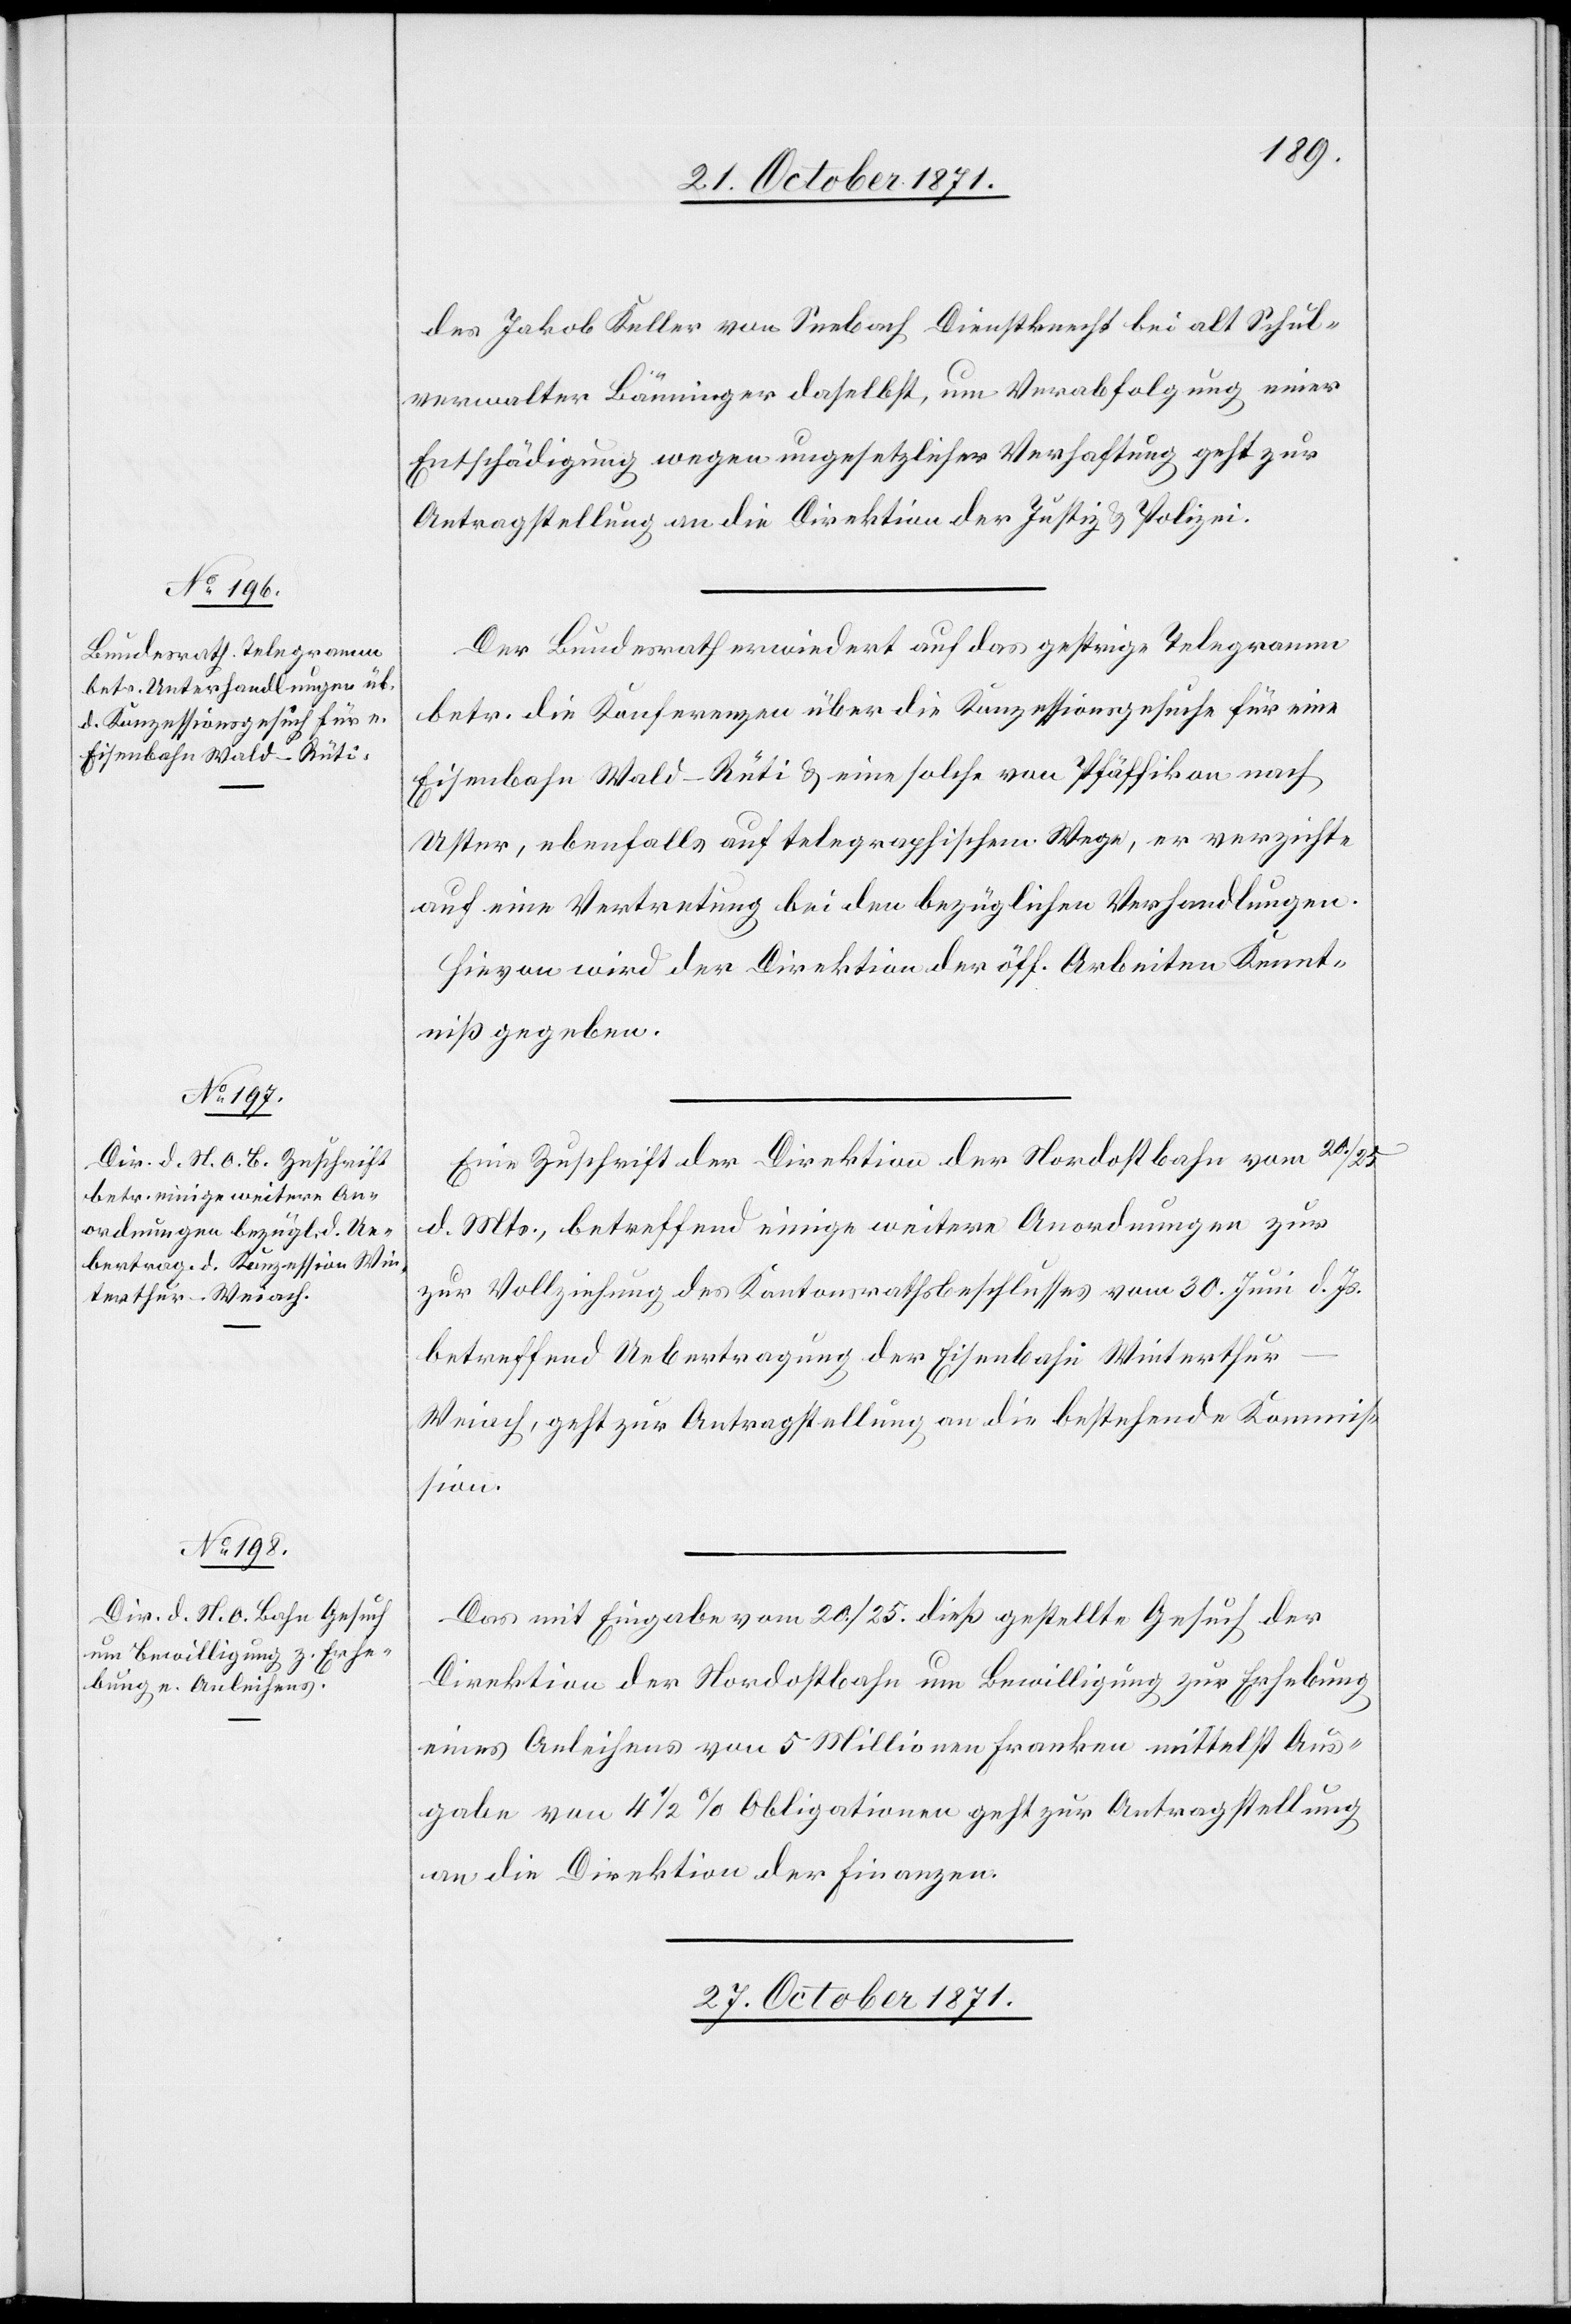
des Jakob Keller von Seebach Dienstknecht bei alt Schul¬
verwalter Bauminger daselbst, um Verabfolgung einer
Entschädigung wegen ungesetzlicher Verhaftung geht zur
Antragstellung an die Direktion der Justiz & Polizei.
Der Bundesrath erwiedert auf das gestrige Telegramm
betr. die Konferenzen über die Konzessionsgesuche für eine
Eisenbahn Wald–Rüti & eine solche von Pfäffikon nach
Uster, ebenfalls auf telegraphischem Wege, er verzichte
auf eine Vertretung bei den bezüglichen Verhandlungen.
Hievon wird der Direktion der öff. Arbeiten Kennt¬
niß gegeben.
Eine Zuschrift der Direktion der Nordostbahn vom 20./25.
d. Mts., betreffend einige weitere Anordnungen zur
Vollziehung des Kantonsrathsbeschlusses vom 30. Juni d. Js.
betreffend Uebertragung der Eisenbahn Winterthur–W¬
eiach, geht zur Antragstellung an die betreffende Kommis¬
sion.
Das mit Eingabe vom 20./25. dieß gestellte Gesuch der
Direktion der Nordostbahn um Bewilligung zur Erhebung
eines Anleihens von 5 Millionen Franken mittelst Aus¬
gabe von 4 1/2 % Obligationen geht zur Antragstellung
an die Direktion der Finanzen.
27. October 1871.